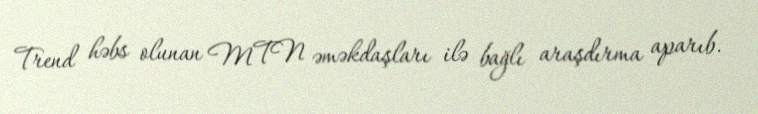
Trend həbs olunan MTN əməkdaşları ilə bağlı araşdırma aparıb.